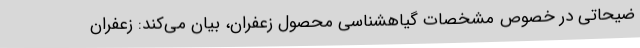
ضیحاتی در خصوص مشخصات گیاهشناسی محصول زعفران، بیان می‌کند: زعفران